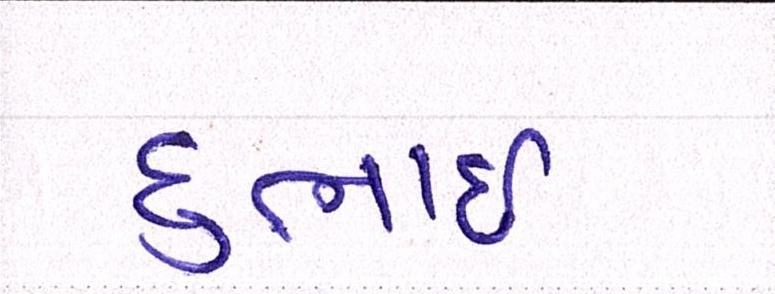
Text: દુભાઇ